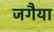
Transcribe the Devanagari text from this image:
जगैया